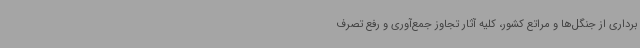
‌برداری از جنگل‌ها و مراتع کشور، کلیه آثار تجاوز جمع‌آوری و رفع تصرف